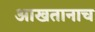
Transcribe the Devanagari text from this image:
आखतानाच